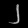
Digit: ၂